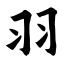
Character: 羽